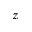
z